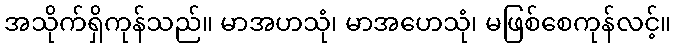
အသိုက်ရှိကုန်သည်။ မာအဟသုံ၊ မာအဟေသုံ၊ မဖြစ်စေကုန်လင့်။